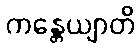
ကန္တေယျာတိ